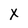
Character: x